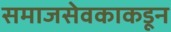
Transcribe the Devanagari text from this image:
समाजसेवकाकडून